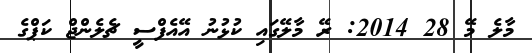
މާލެ މޭ 28 2014: ރޭ މާލޭގައި ކުޅުނު އޭއެފްސީ ޗެލެންޖް ކަޕްގެ